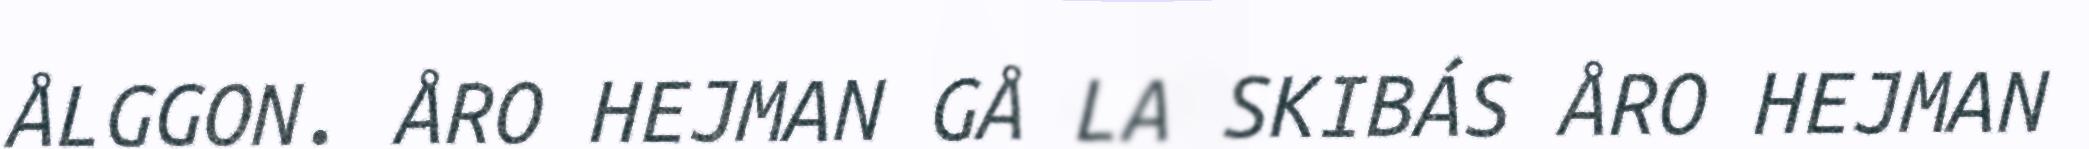
ÅLGGON. ÅRO HEJMAN GÅ LA SKIBÁS ÅRO HEJMAN